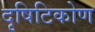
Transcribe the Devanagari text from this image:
दृषिटिकोण